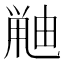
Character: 𫠘